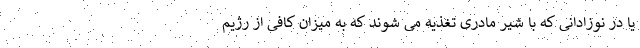
یا در نوزادانی که با شیر مادری تغذیه می شوند که به میزان کافی از رژیم